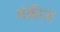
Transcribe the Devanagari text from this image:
मंकीज